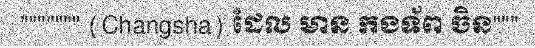
""""""" (Changsha) ដែល មាន កងទ័ព ចិន"""